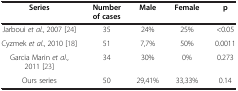
| Series | Number of cases | Male | Female | p |
 | --- | --- | --- | --- | --- |
 | Jarboui et al., 2007 [24] | 35 | 24% | 25% | <0.05 |
 | Cyzmek et al., 2010 [18] | 51 | 7,7% | 50% | 0.0011 |
 | Garcia Marin et al., 2011 [23] | 34 | 30% | 0% | 0.273 |
 | Ours series | 50 | 29,41% | 33,33% | 0.14 |